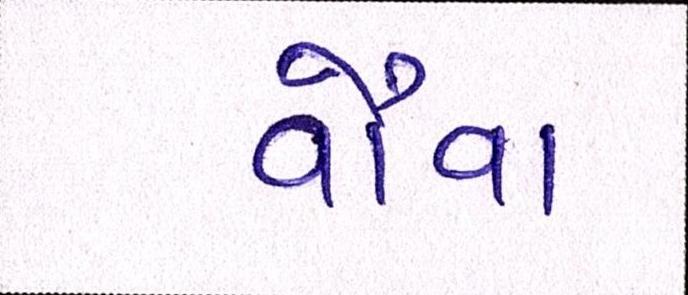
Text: વૌવા